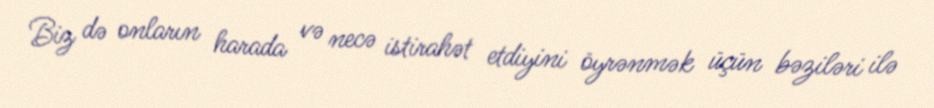
Biz də onların harada və necə istirahət etdiyini öyrənmək üçün bəziləri ilə